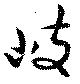
岐